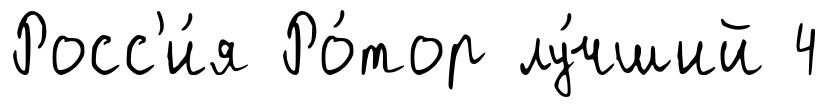
Росс'и́я Ро́тор лу́чший 4